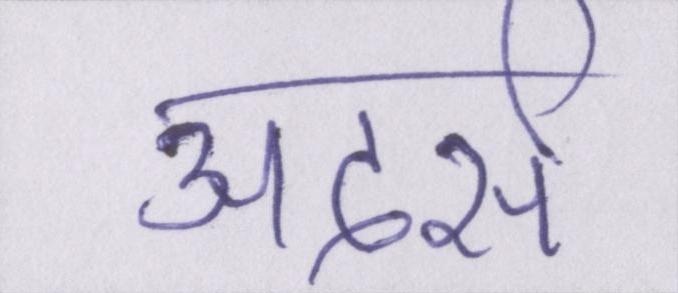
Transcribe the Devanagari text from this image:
अदर्स